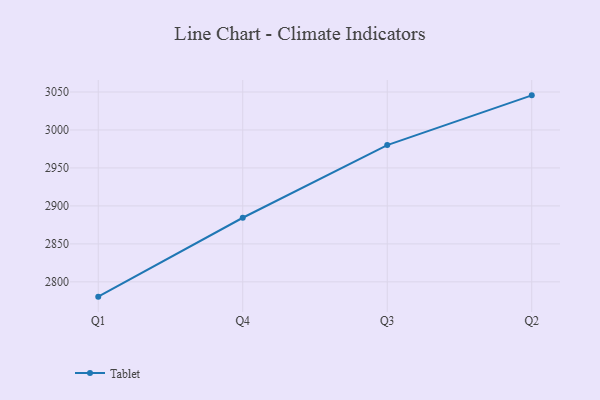
{"axis": {"x": "Quarter", "y": "LTV (USD)"}, "legend": ["Tablet"], "data": [{"x": "Q1", "y": 2780.5, "type": "Tablet"}, {"x": "Q4", "y": 2884.4, "type": "Tablet"}, {"x": "Q3", "y": 2980.1, "type": "Tablet"}, {"x": "Q2", "y": 3045.6, "type": "Tablet"}]}